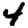
Digit: 4